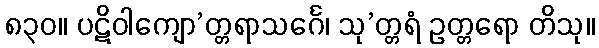
၈၃၀။ ပဋိဝါကျော’တ္တရာသင်္ဂေ၊ သု’တ္တရံ ဥတ္တရော တိသု။